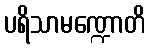
ပရိသာမဏ္ဍောတိ